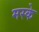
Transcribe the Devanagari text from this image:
मस्के